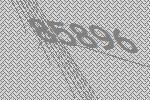
85896